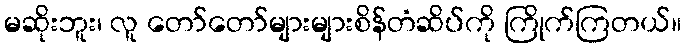
မဆိုးဘူး၊ လူ တော်တော်များများစိန်တံဆိပ်ကို ကြိုက်ကြတယ်။